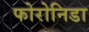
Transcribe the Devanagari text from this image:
फोरोनिडा